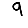
Digit: 9